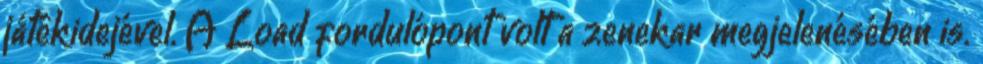
játékidejével. A Load fordulópont volt a zenekar megjelenésében is.